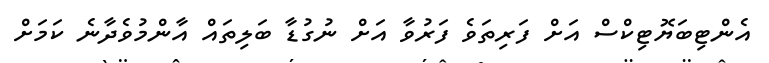
އެންޓިބަޔޮޓިކްސް އަށް ފަރިތަވެ ފަރުވާ އަށް ނުގުޑާ ބަލިތައް އާންމުވެދާނެ ކަމަށް